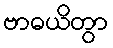
ဗာဓယိတွာ